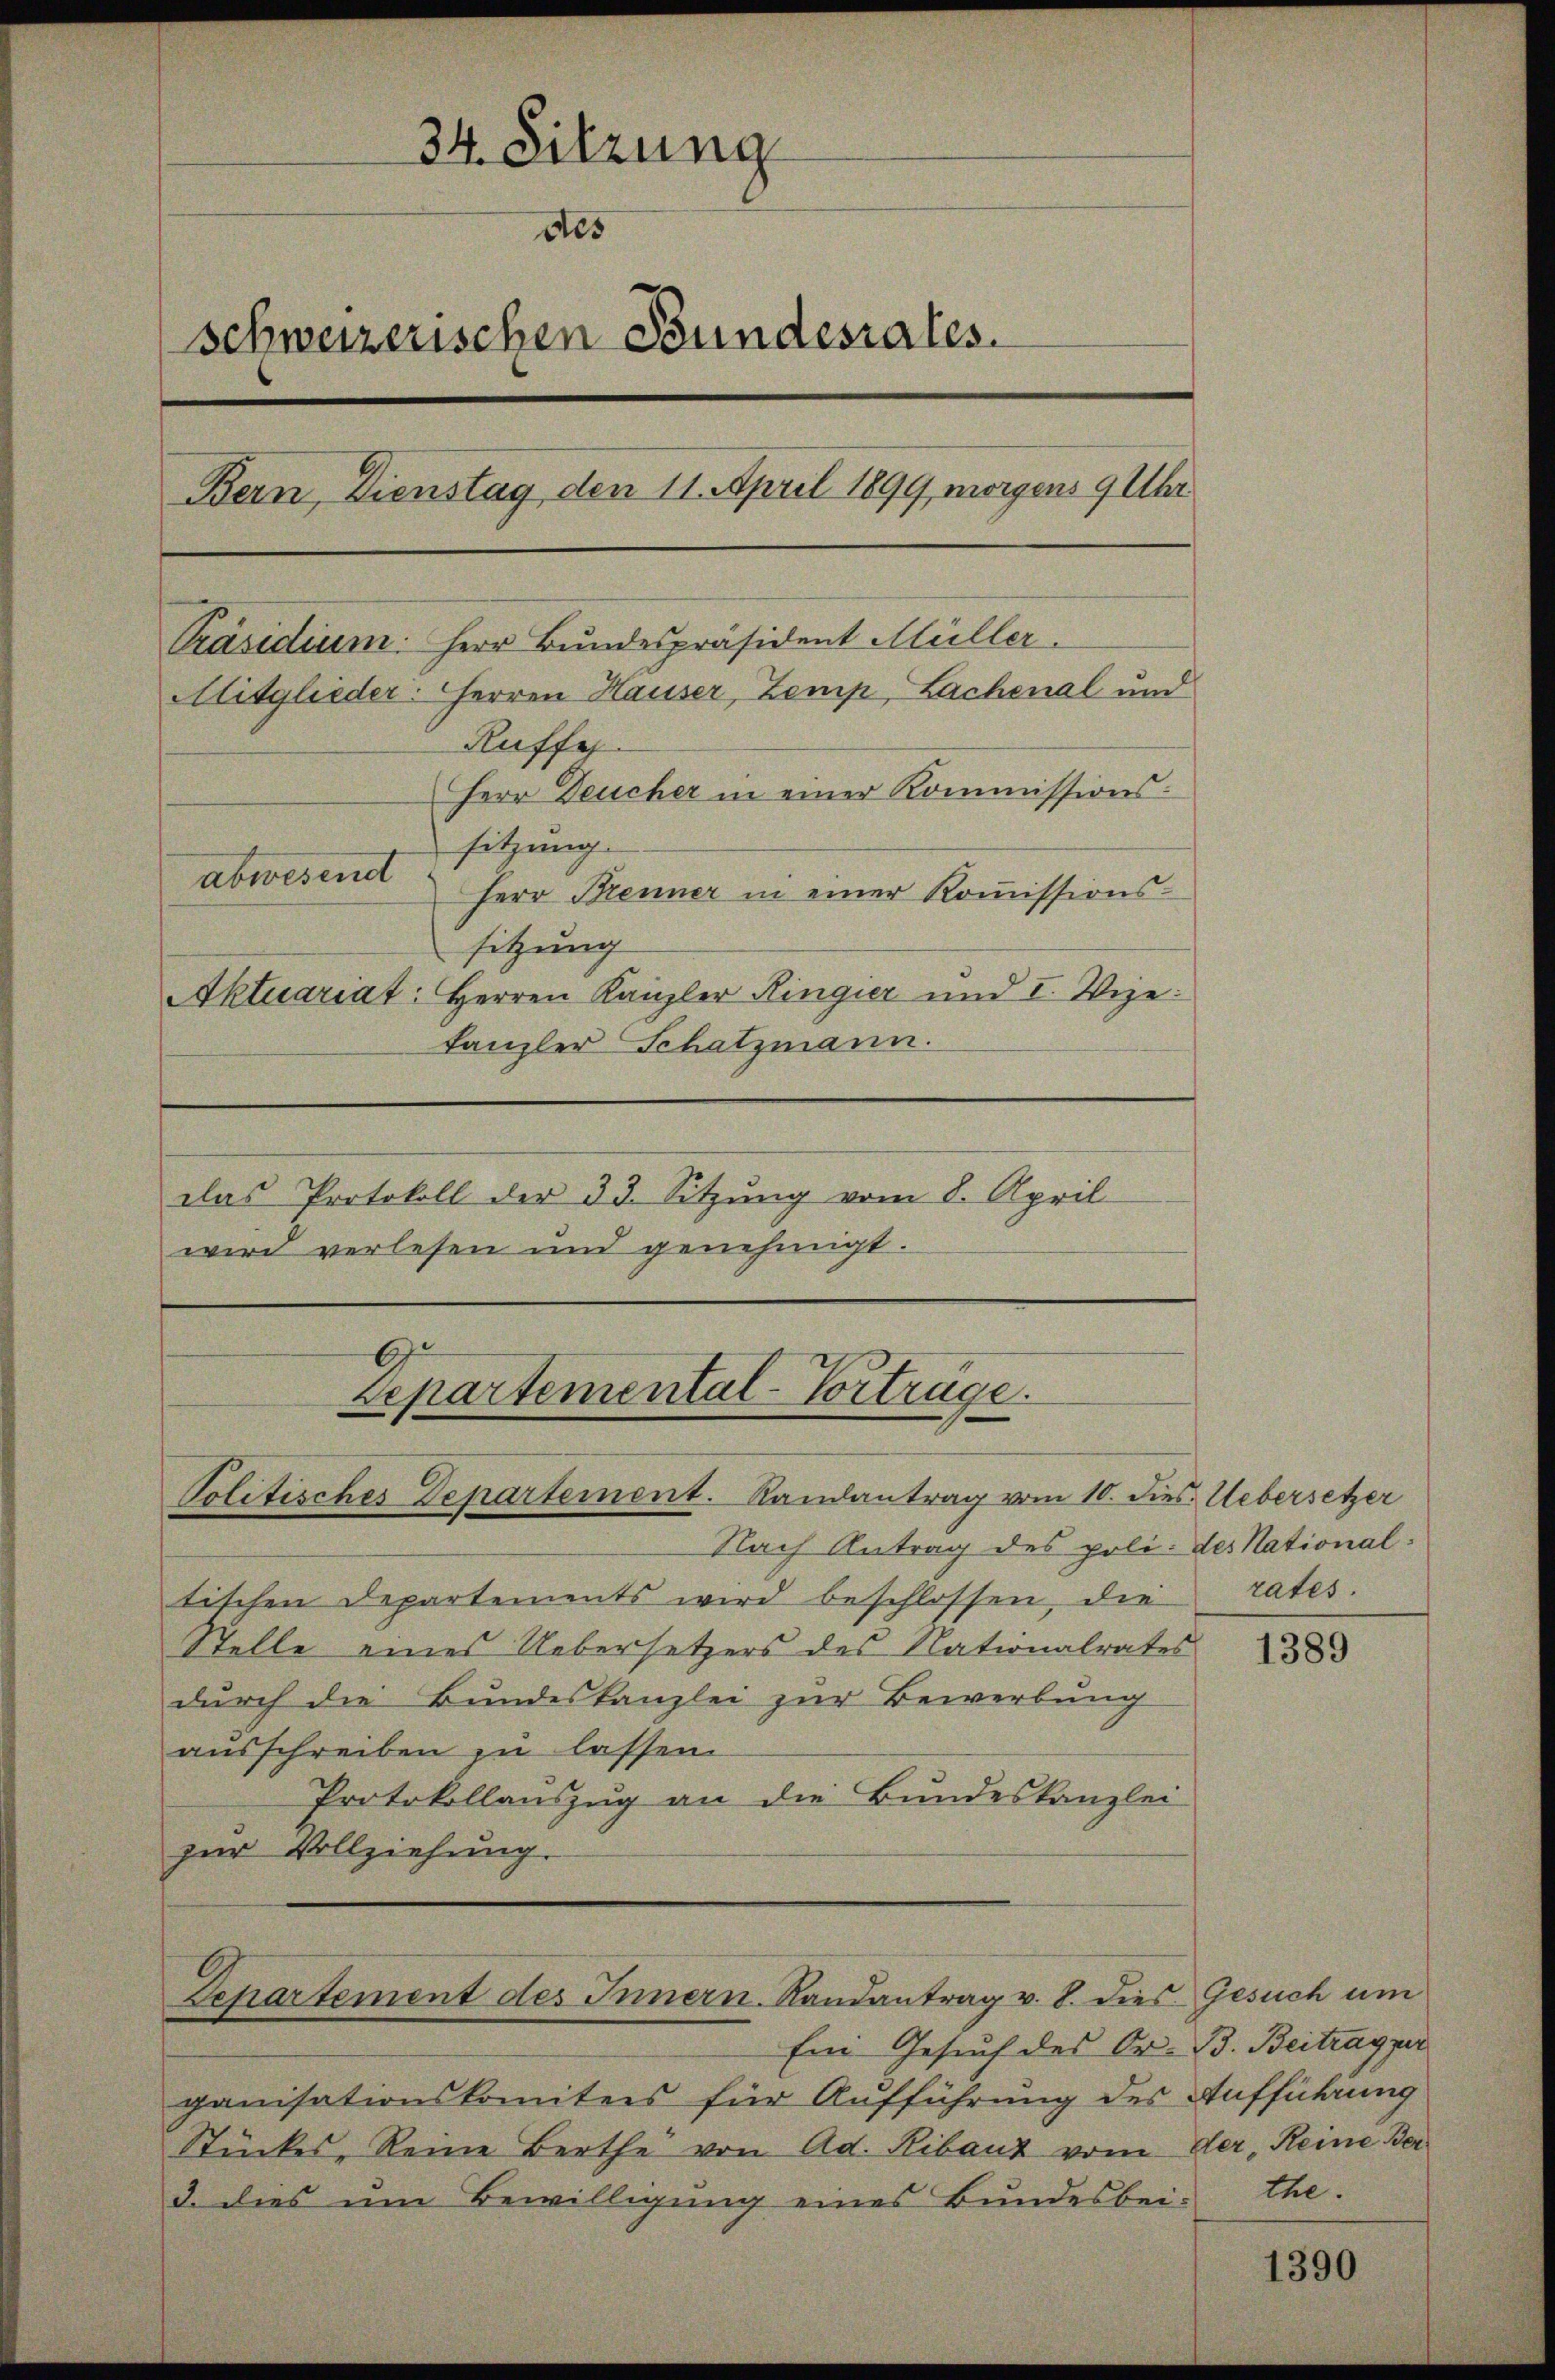
34. Sitzung
des
schweizerischen Fundesrates.
Bern, Dienstag den 11. April 1899, morgens 9 Uhr
Präsidium. Herr Bundespräsident Müller.
Mitglieder: Herren Hauser, Zemp, Lachenal und
Ruffe
Herr Deucher in einer Kommissions-
sitzung.
abwesend
Herr Brenner in einer Kommissions-
sitzung
Aktuariat: Herren Kanzler Ringier und I. Wie
kanzler Schatzmann.

das Protokoll der 33. Sitzŭng vom 8. April
wird verlesen und genehmigt.

G
Departemental-Vorträge.
Politisches Departement. Randantrag vom 10. dies Uebersetzer

Departement des Innern Randantrag v. 8. dies

Nach Antrag des poli- des Nationaltischen Departements wird beschlossen, die
Stelle eines Uebersetzers des Nationalrates
durch die Bundeskanzlei zur Bewerbung
ausschreiben zu lassen.
Protokollauszug an die Bundeskanzlei
zur Vollziehung.

Ein Gesuch des Or. B. Beitrag ver
ganisationskomitees für Aufführung des Aufführung
Stückes, Reine Berthe von Ad. Kibaut vom Der Reine Ber
2. dies um Bewilligung eines Bundesbei- Ehe.

rates.

1389

Gesuch um

1390